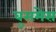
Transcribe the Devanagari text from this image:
बुसमेस